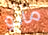
مانو